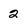
Character: 2